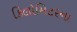
કિલોમિટરના